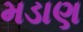
મડાણ